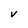
Character: v